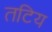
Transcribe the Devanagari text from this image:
तटिय